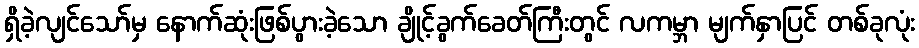
ရှိခဲ့လျင်သော်မှ နောက်ဆုံးဖြစ်ပွားခဲ့သော ချိုင့်ခွက်ခေတ်ကြီးတွင် လကမ္ဘာ မျက်နှာပြင် တစ်ခုလုံး